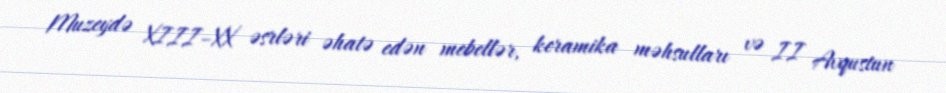
Muzeydə XIII–XX əsrləri əhatə edən mebellər, keramika məhsulları və II Avqustun